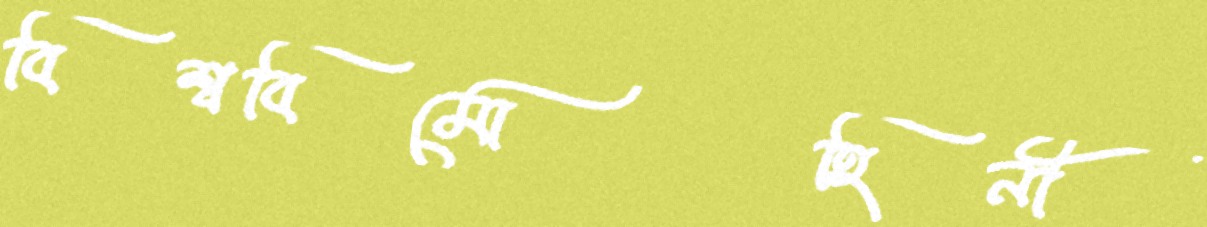
বিশ্ববিমোহিনী